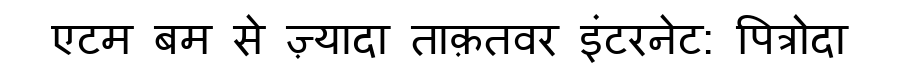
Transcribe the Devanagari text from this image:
एटम बम से ज़्यादा ताक़तवर इंटरनेट: पित्रोदा